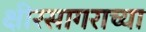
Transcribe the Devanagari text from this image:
क्षीरसागराच्या